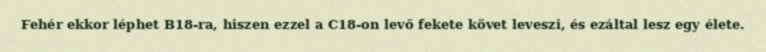
Fehér ekkor léphet B18-ra, hiszen ezzel a C18-on levő fekete követ leveszi, és ezáltal lesz egy élete.